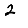
Digit: 2